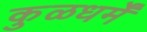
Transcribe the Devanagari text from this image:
कुळधर्में